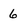
Character: 6